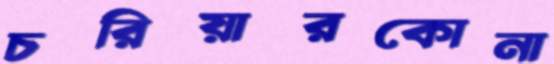
চরিয়ারকোনা